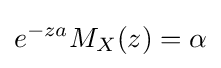
e^{-za}M_{X}(z)=\alpha